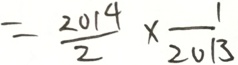
= \frac { 2 0 1 4 } { 2 } \times \frac { 1 } { 2 0 1 3 }